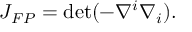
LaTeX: J _ { F P } = \operatorname * { d e t } ( - \nabla ^ { i } \nabla _ { i } ) .